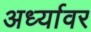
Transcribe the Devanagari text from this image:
अर्ध्यावर